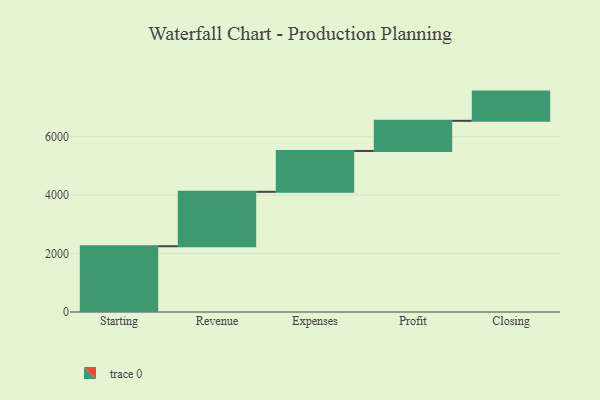
{"axis": {"x": "Step", "y": "Value"}, "legend": [""], "data": [{"x": "Starting", "y": 2251.0, "type": ""}, {"x": "Revenue", "y": 1863.0, "type": ""}, {"x": "Expenses", "y": 1399.0, "type": ""}, {"x": "Profit", "y": 1032.0, "type": ""}, {"x": "Closing", "y": 1000, "type": ""}]}